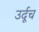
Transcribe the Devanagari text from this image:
उर्दूच